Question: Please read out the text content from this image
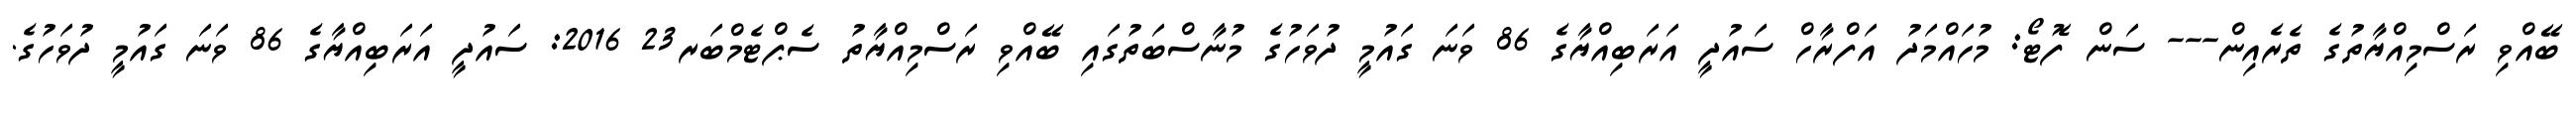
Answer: ބޭއްވި ރަސްމިއްޔާތުގެ ތެރެއިން--- ސަން ފޮޓޯ: މުހައްމަދު އަފްރާހް ސައުދީ އަރަބިއްޔާގެ 86 ވަނަ ގައުމީ ދުވަހުގެ މުނާސްބަތުގައި ބޭއްވި ރަސްމިއްޔާތު ސެޕްޓެމްބަރ23 2016: ސައުދީ އަރަބިއްޔާގެ 86 ވަނަ ގައުމީ ދުވަހުގެ.